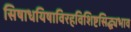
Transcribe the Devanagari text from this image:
सिषाधयिषाविरहविशिष्टसिद्ध्यभाव